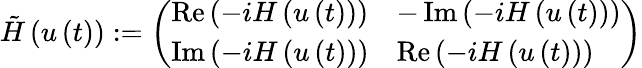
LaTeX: \tilde{H}\left(u\left(t\right)\right):=\left(\begin{array}{ll}{\operatorname{Re}\left(-iH\left(u\left(t\right)\right)\right)}&{-\operatorname{Im}\left(-iH\left(u\left(t\right)\right)\right)}\\ {\operatorname{Im}\left(-iH\left(u\left(t\right)\right)\right)}&{\operatorname{Re}\left(-iH\left(u\left(t\right)\right)\right)}\end{array}\right)